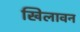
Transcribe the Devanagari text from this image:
खिलावन